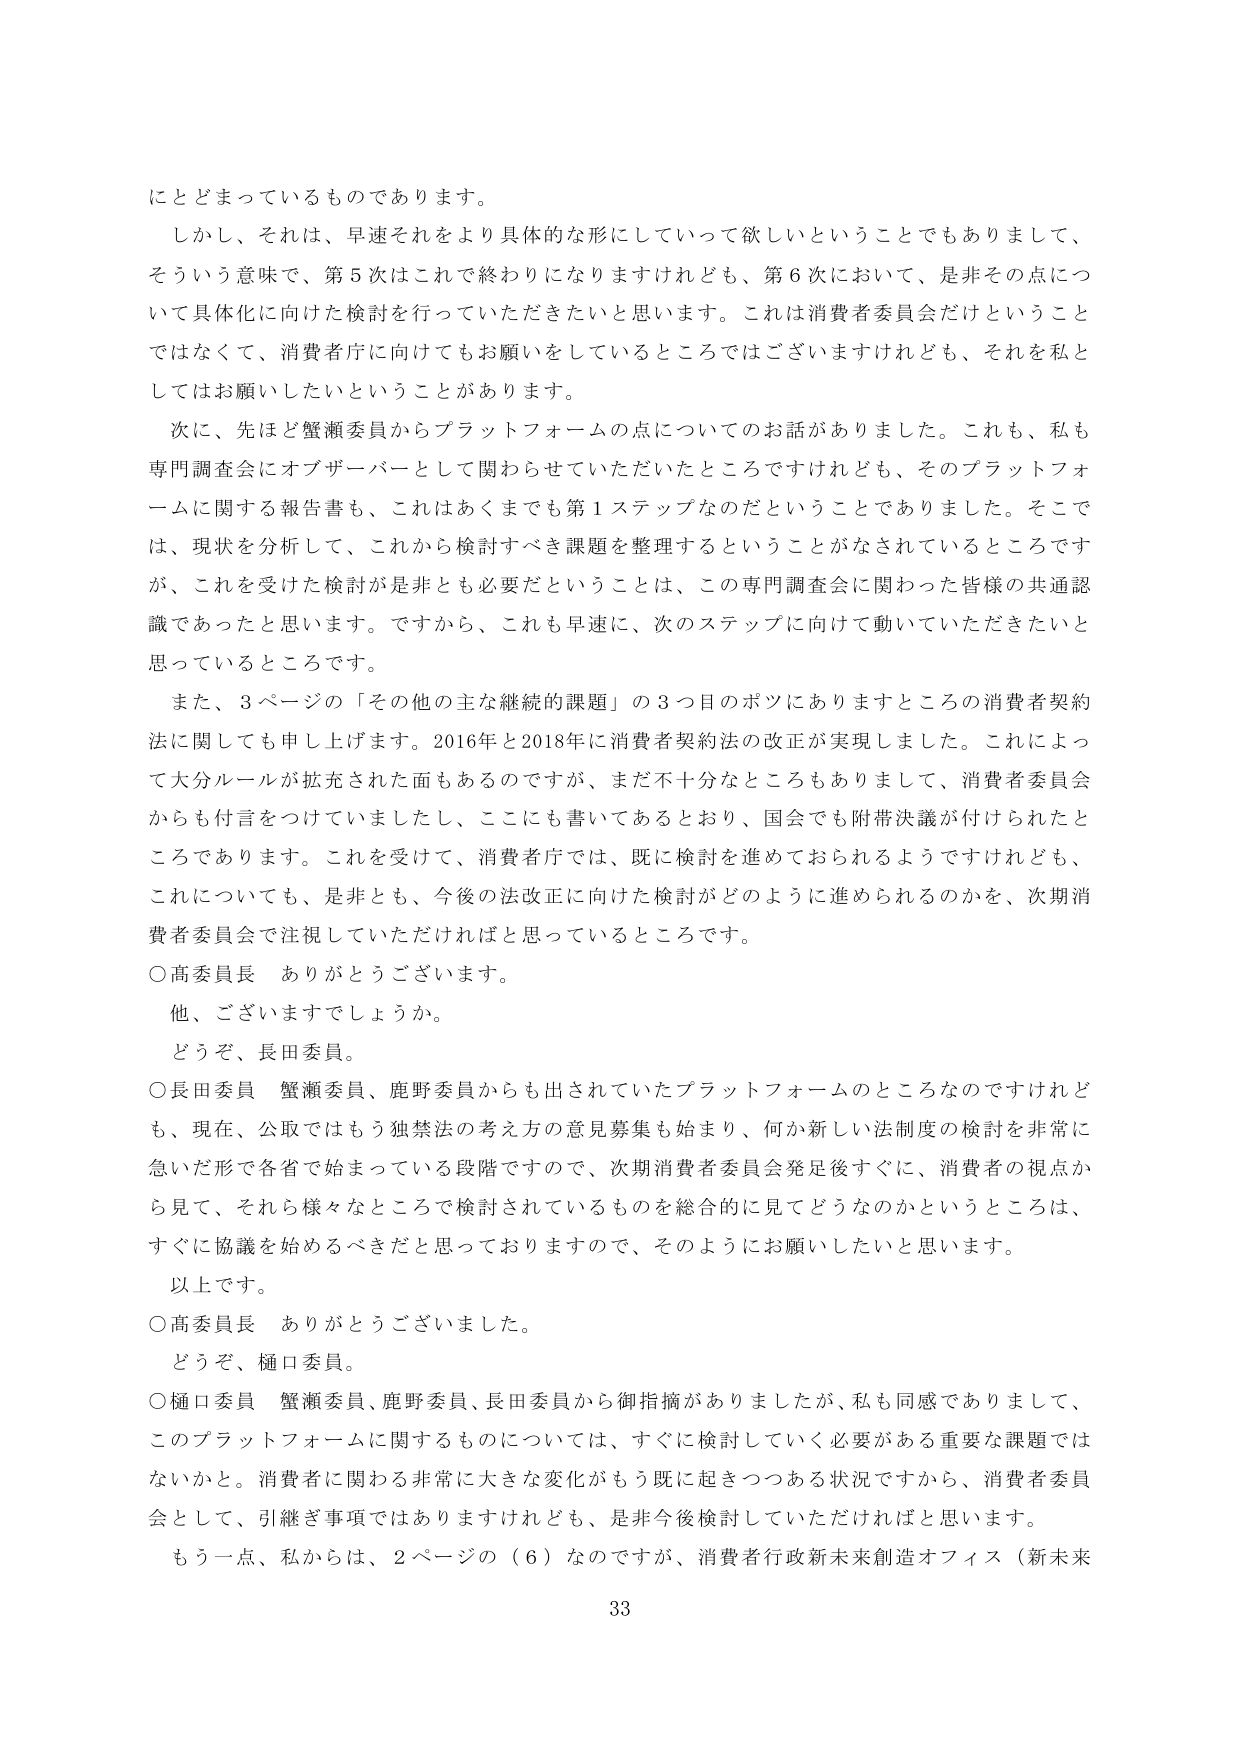
にとどまっているものであります。

しかし、それは、早速それをより具体的な形にしていって欲しいということでもありまして、
そういう意味で、第5次はこれで終わりになりますけれども、第6次において、是非その点につ
いて具体化に向けた検討を行っていただきたいと思います。これは消費者委員会だけということ
ではなくて、消費者庁に向けてもお願いをしているところではございますけれども、それを私と
してはお願いしたいということがあります。

次に、先ほど蟹瀬委員からプラットフォームの点についてのお話がありました。これも、私も
専門調査会にオブザーバーとして関わらせていただいたところですけれども、そのプラットフォ
ームに関する報告書も、これはあくまでも第1ステップなのだということでありました。そこで
は、現状を分析して、これから検討すべき課題を整理するということがなされているところです
が、これを受けて検討が是非とも必要だということは、この専門調査会に関わった皆様の共通認
識であったと思います。ですから、これも早速に、次のステップに向けて動いていただきたいと
思っているところです。

また、3ページの「その他の主な継続的課題」の3つ目のボツにありますところの消費者契約
法に関しても申し上げます。2016年と2018年に消費者契約法の改正が実現しました。これによっ
て大分ルールが拡充された面もあるのですが、まだ不十分なところもありまして、消費者委員会
からも付言をつけていましたし、ここにも書いてあるとおり、国会でも附帯決議が付けられたと
ころであります。これを受けて、消費者庁では、既に検討を進めておられるようですが、
これについても、是非とも、今後の法改正に向けた検討がどのように進められるのかを、次期消
費者委員会で注視していただければと思っているところです。

○高委員長　ありがとうございます。

他、ございますでしょうか。

どうぞ、長田委員。

○長田委員　蟹瀬委員、鹿野委員からも出されていたプラットフォームのところなのですが
も、現在、公取ではもう独禁法の考え方の意見募集も始まり、何か新しい法制度の検討を非常に
急いだ形で各省で始まっている段階ですので、次期消費者委員会発足後すぐに、消費者の視点か
ら見て、それら様々なところで検討されているものを総合的に見てどうなのかということは、
すぐに協議を始めるべきだと思っておりますので、そのようにお願いしたいと思います。

以上です。

○高委員長　ありがとうございました。

どうぞ、樋口委員。

○樋口委員　蟹瀬委員、鹿野委員、長田委員から御指摘がありましたか、私も同感でありまして、
このプラットフォームに関するものについては、すぐに検討していく必要がある重要な課題では
ないかと。消費者に関わる非常に大きな変化がもう既に起きつつある状況ですから、消費者委員
会として、引継ぎ事項ではありますけれども、是非今後検討していただければと思います。

もう一点、私からは、2ページの（6）なのですが、消費者行政新未来創造オフィス（新未来

33